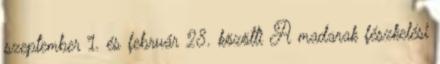
szeptember 1. és február 28. közötti A madarak fészkelési